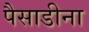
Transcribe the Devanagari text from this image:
पैसाडीना